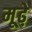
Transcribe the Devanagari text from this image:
मूढे़